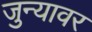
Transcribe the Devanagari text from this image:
जुन्यावर